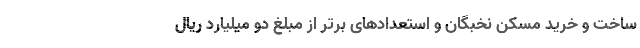
ساخت و خرید مسکن نخبگان و استعدادهای برتر از مبلغ دو میلیارد ریال